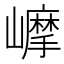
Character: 𡾉